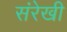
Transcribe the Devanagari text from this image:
संरेखी